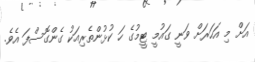
އަށް މި އަހަރަށް ވަނީ ގައުމީ ޓީމުގެ ހަ ކުޅުންތެރިއަކު ގެންގޮސްފަ އެވެ.